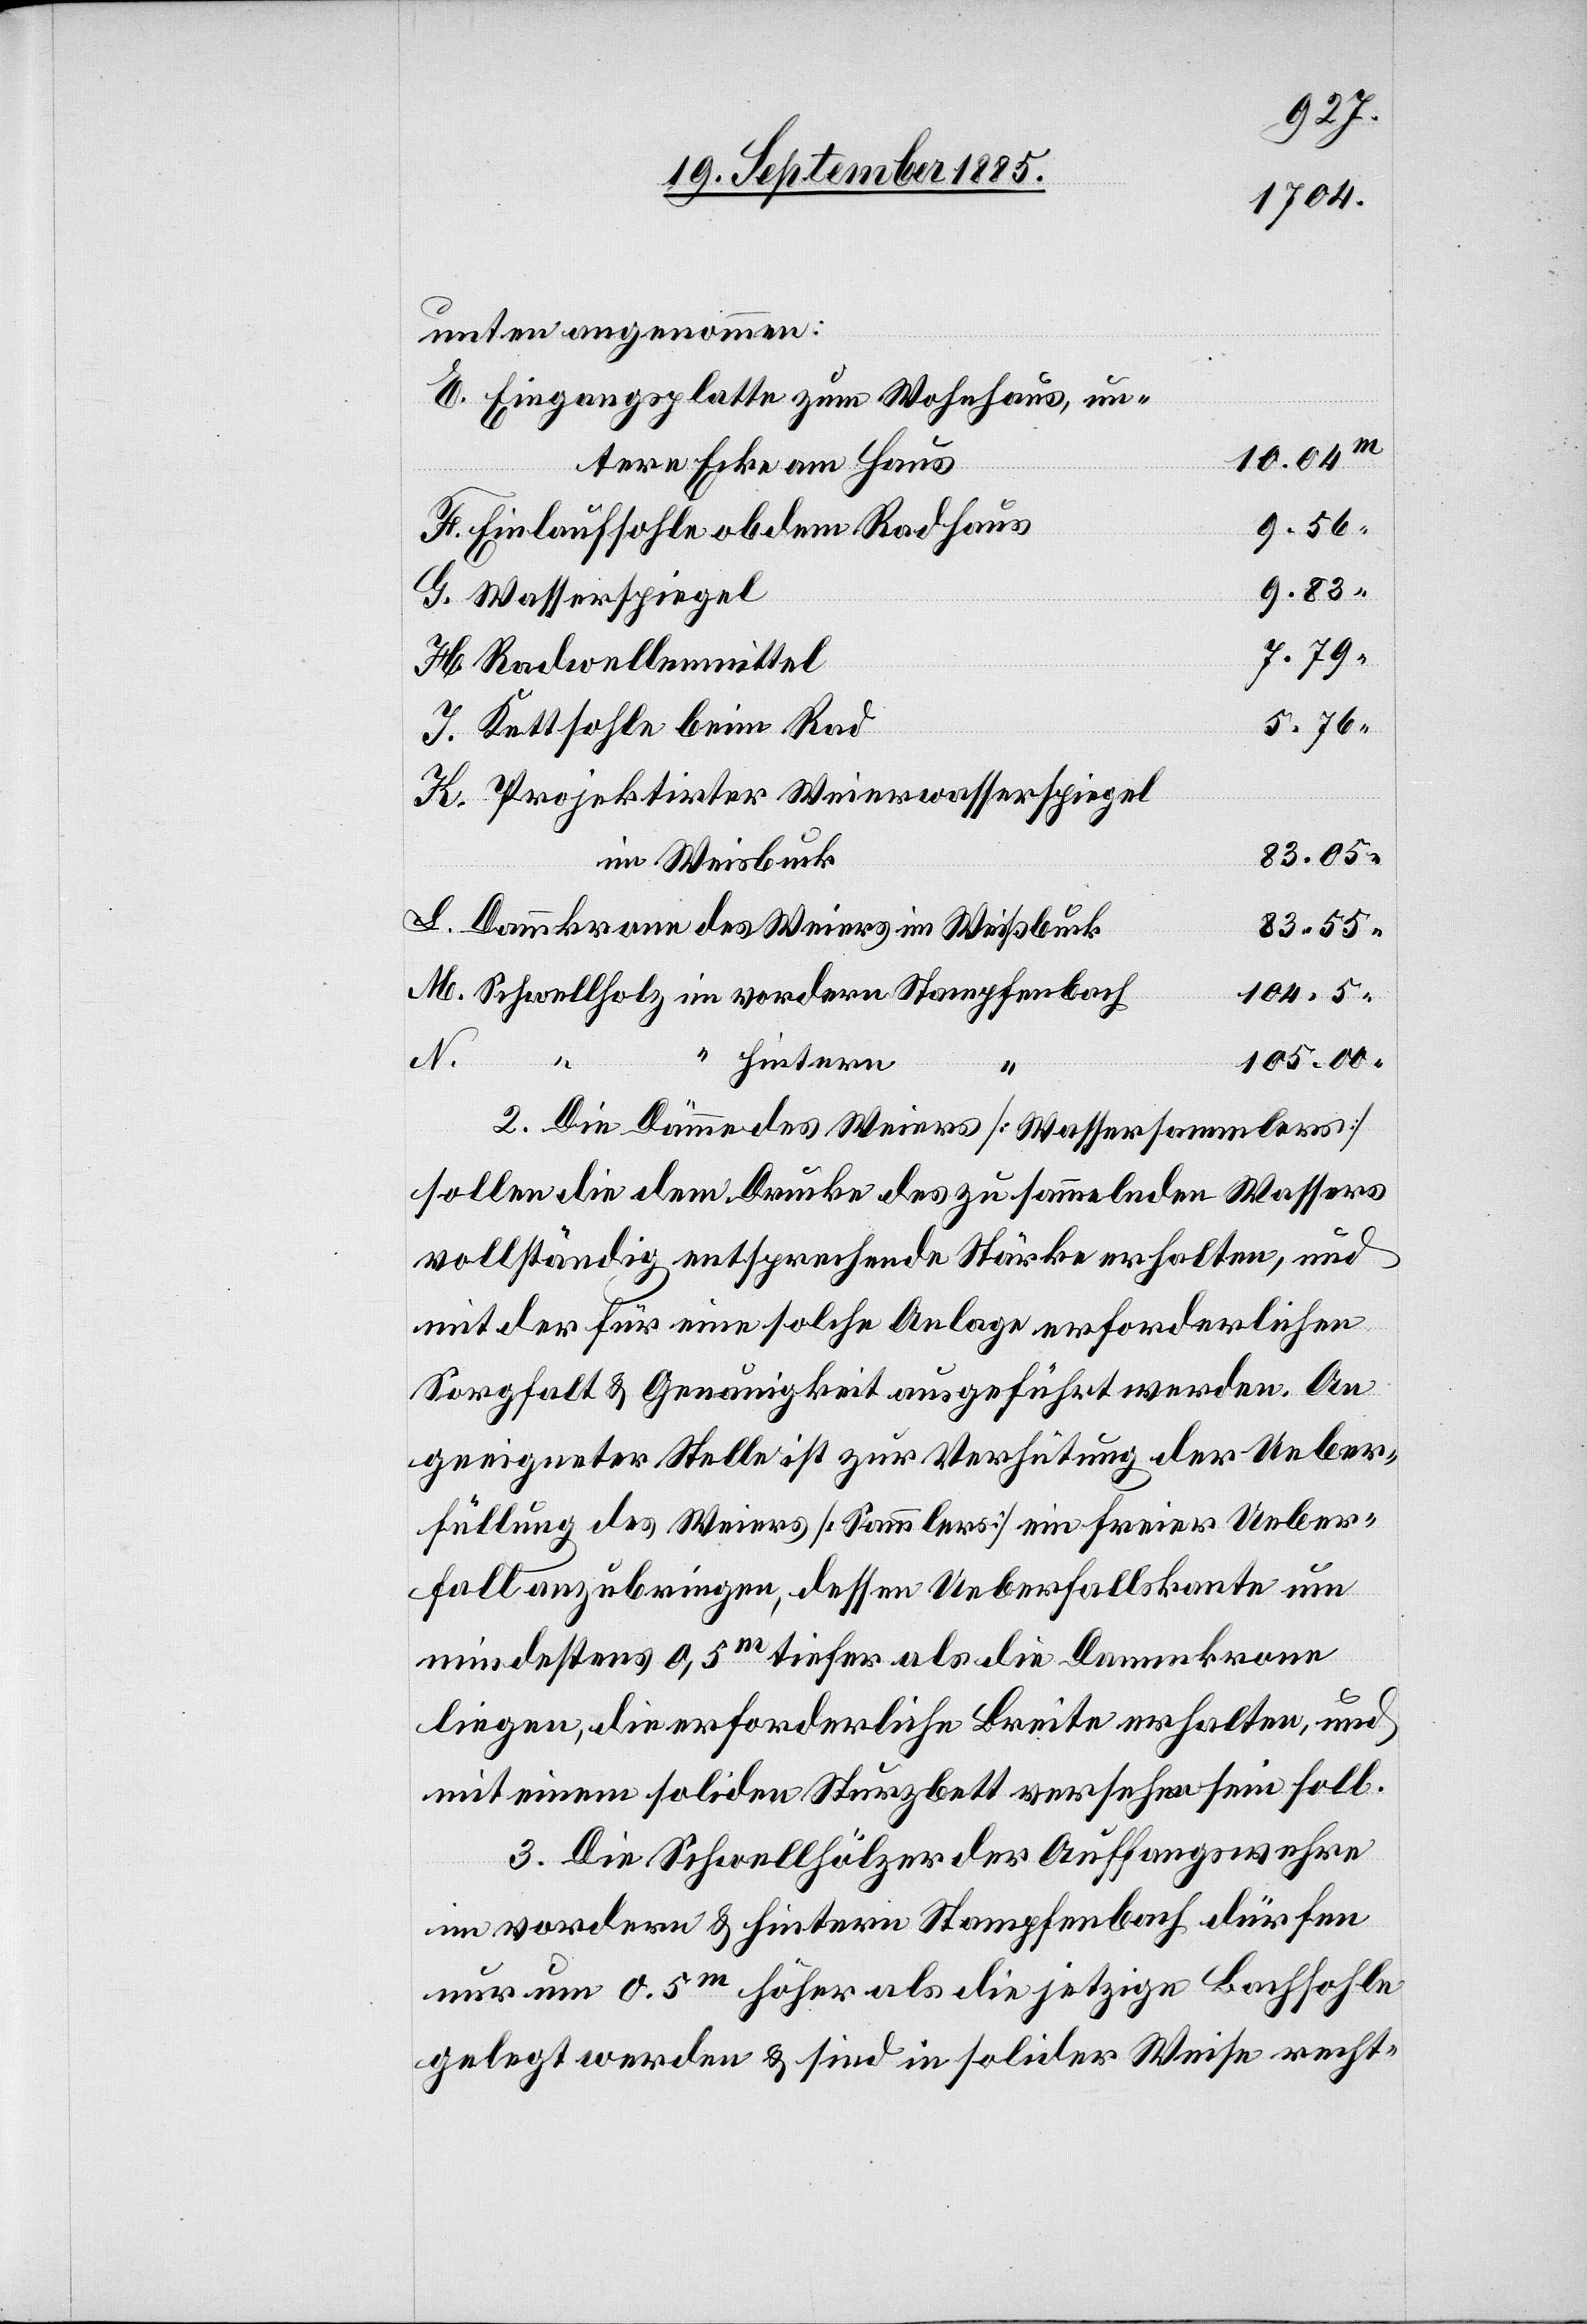
unten angenommen:
Eingangsplatte zum Wohnhaus, un¬
10.04
tere Ecke am Haus
vordern
9.56
Einlaufsohle ob dem Radhaus
9.83
Wasserspiegel
7.79
Radwellenmittel
L.
5.76
Kettsohle beim Rad
Projektirter Weierwasserspiegel
83.05
im Weisbuck
Dammkrone des Weiers im Weißbuck
83.55
104.5
N.
hintern
M.
105.00
2. Die Dämme des Weiers [Wassersammlers]
sollen die dem Drucke des zu sammelnden Wassers
vollständig entsprechende Stärke erhalten, und
mit der für eine solche Anlage erforderlichen
Sorgfalt & Genauigkeit ausgeführt werden. An
geeigneter Stelle ist zur Verhütung der Ueber¬
füllung des Weiers [Sammlers] ein freier Ueber¬
fall anzubringen, dessen Ueberfallskante nun
mindestens 0,5m tiefer als die Dammkrone
liegen, die erforderliche Breite erhalten, und
mit einem soliden Sturzbett versehen sein soll.
3. Die Schwellhölzer der Auffangswehre
im vordern & hintern Stampfenbach dürfen
nur um 0.5m höher als die jetzige Bachsohle
gelegt werden & sind in solider Weise recht-